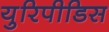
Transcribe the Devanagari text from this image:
युरिपीडिस